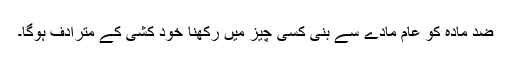
ضد مادّہ کو عام مادّے سے بنی کسی چیز میں رکھنا خود کشی کے مترادف ہوگا۔